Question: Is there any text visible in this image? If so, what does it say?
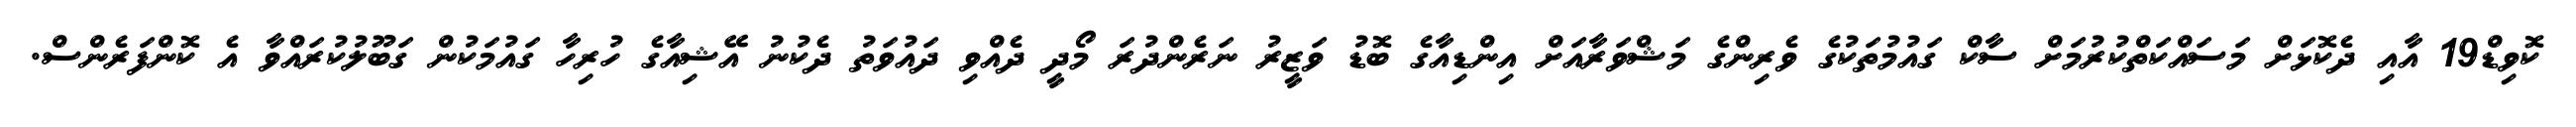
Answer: ކޮވިޑް19 އާއި ދެކޮޅަށް މަސައްކަތްކުރުމަށް ސާކް ގައުމުތަކުގެ ވެރިންގެ މަޝްވަރާއަށް އިންޑިއާގެ ބޮޑު ވަޒީރު ނަރެންދުރަ މޯދީ ދެއްވި ދައުވަތު ދެކުނު އޭޝިއާގެ ހުރިހާ ގައުމަކުން ގަބޫލުކުރައްވާ އެ ކޮންފަރެންސް.